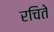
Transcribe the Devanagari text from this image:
रचिते